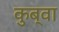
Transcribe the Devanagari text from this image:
कुब्वा